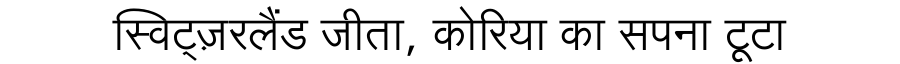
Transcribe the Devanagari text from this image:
स्विट्ज़रलैंड जीता, कोरिया का सपना टूटा